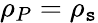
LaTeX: \rho_{P}=\rho_{\mathtt{s}}